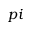
p i